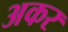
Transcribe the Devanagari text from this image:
अकर